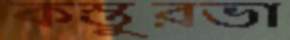
কস্তুরভা